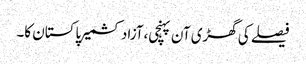
فیصلے کی گھڑی آن پہنچی،آزاد کشمیر پاکستان کا۔